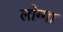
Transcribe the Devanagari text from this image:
लोग्गा